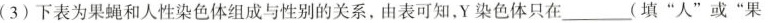
(3) 下表为果蝇和人性染色体组成与性别的关系，由表可知，Y染色体只在___(填”人”或”果